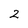
Character: 2